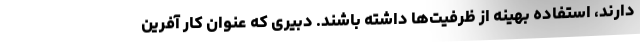
دارند، استفاده بهينه از ظرفیت‌ها داشته باشند. دبیری که عنوان کار آفرین